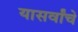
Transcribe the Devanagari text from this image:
यासर्वांचे